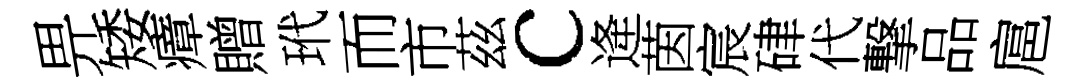
畀矮瘴贈玳而市茲c逄茵宸硉代撃品扈